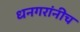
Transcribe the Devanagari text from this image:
धनगरांनीच